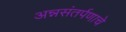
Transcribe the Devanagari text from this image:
अन्नसंतर्पणाचे